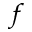
^ { f }